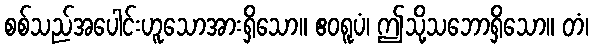
စစ်သည်အပေါင်းဟူသောအားရှိသော။ ဧဝရူပံ၊ ဤသို့သဘောရှိသော။ တံ၊